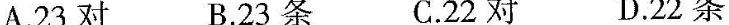
A.23对 B.23条 C.22对 D.22条